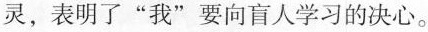
灵，表明了”我”要向盲人学习的决心。